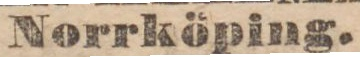
Norrköping.